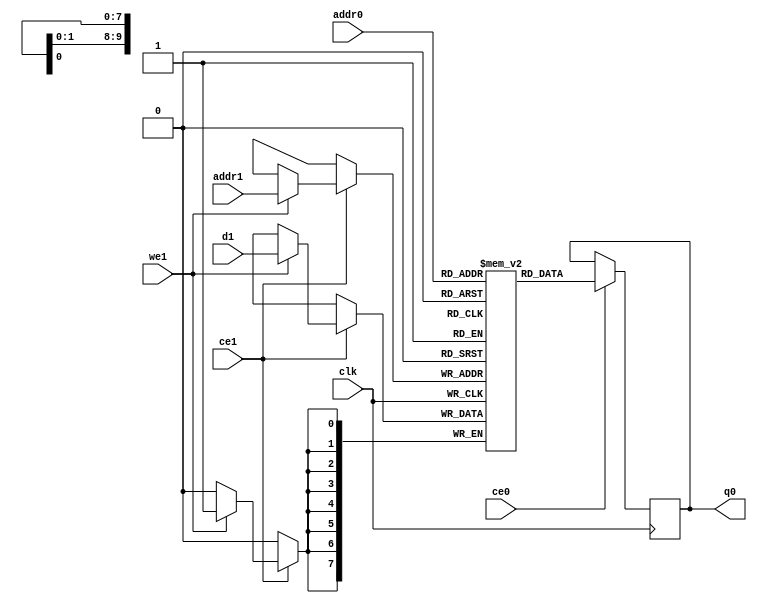
// ==============================================================
// Vitis HLS - High-Level Synthesis from C, C++ and OpenCL v2020.2 (64-bit)
// Copyright 1986-2020 Xilinx, Inc. All Rights Reserved.
// ==============================================================
`timescale 1 ns / 1 ps
module ConvolutionInputGenerator_0_ConvolutionInputGenerator_3u_3u_8u_258u_256u_1u_1u_ap_resource_lutram_s_inputbkb_ram (addr0, ce0, q0, addr1, ce1, d1, we1,  clk);

parameter DWIDTH = 8;
parameter AWIDTH = 10;
parameter MEM_SIZE = 774;

input[AWIDTH-1:0] addr0;
input ce0;
output reg[DWIDTH-1:0] q0;
input[AWIDTH-1:0] addr1;
input ce1;
input[DWIDTH-1:0] d1;
input we1;
input clk;

(* ram_style = "distributed" *)reg [DWIDTH-1:0] ram[0:MEM_SIZE-1];




always @(posedge clk)  
begin 
    if (ce0) begin
        q0 <= ram[addr0];
    end
end


always @(posedge clk)  
begin 
    if (ce1) begin
        if (we1) 
            ram[addr1] <= d1; 
    end
end


endmodule

`timescale 1 ns / 1 ps
module ConvolutionInputGenerator_0_ConvolutionInputGenerator_3u_3u_8u_258u_256u_1u_1u_ap_resource_lutram_s_inputbkb(
    reset,
    clk,
    address0,
    ce0,
    q0,
    address1,
    ce1,
    we1,
    d1);

parameter DataWidth = 32'd8;
parameter AddressRange = 32'd774;
parameter AddressWidth = 32'd10;
input reset;
input clk;
input[AddressWidth - 1:0] address0;
input ce0;
output[DataWidth - 1:0] q0;
input[AddressWidth - 1:0] address1;
input ce1;
input we1;
input[DataWidth - 1:0] d1;



ConvolutionInputGenerator_0_ConvolutionInputGenerator_3u_3u_8u_258u_256u_1u_1u_ap_resource_lutram_s_inputbkb_ram ConvolutionInputGenerator_0_ConvolutionInputGenerator_3u_3u_8u_258u_256u_1u_1u_ap_resource_lutram_s_inputbkb_ram_U(
    .clk( clk ),
    .addr0( address0 ),
    .ce0( ce0 ),
    .q0( q0 ),
    .addr1( address1 ),
    .ce1( ce1 ),
    .we1( we1 ),
    .d1( d1 ));

endmodule